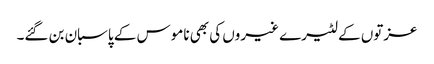
عزتوں کے لٹیرے غیروں کی بھی ناموس کے پاسبان بن گئے۔